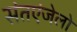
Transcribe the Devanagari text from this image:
संतएंजेलो